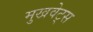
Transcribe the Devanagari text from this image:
मुखवेट्स